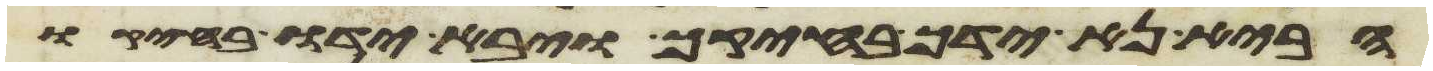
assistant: הבא נא ידך בחיקך ויבא ידו בחיקו